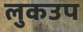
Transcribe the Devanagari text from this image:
लुकउप